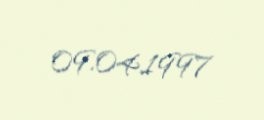
09.04.1997